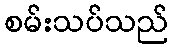
စမ်းသပ်သည်